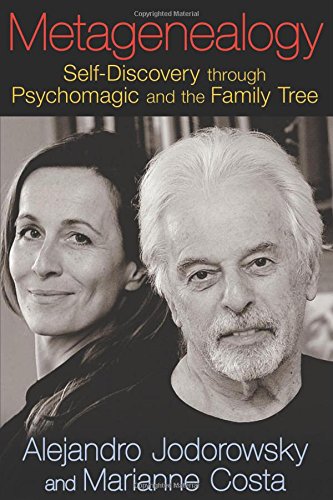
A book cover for Metagenealogy: Self-Discovery through Psychomagic and the Family Tree; Alejandro Jodorowsky; Medical Books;